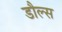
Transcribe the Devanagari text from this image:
डौल्स